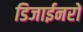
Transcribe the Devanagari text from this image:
डिजाईनरों